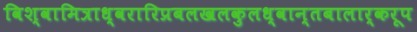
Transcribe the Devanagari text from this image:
विश्वामित्राध्वरारिप्रबलखलकुलध्वान्तबालार्करूप